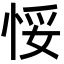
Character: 𢚶